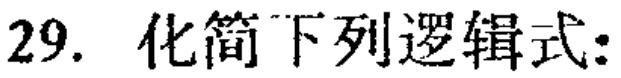
29. 化简下列逻辑式: